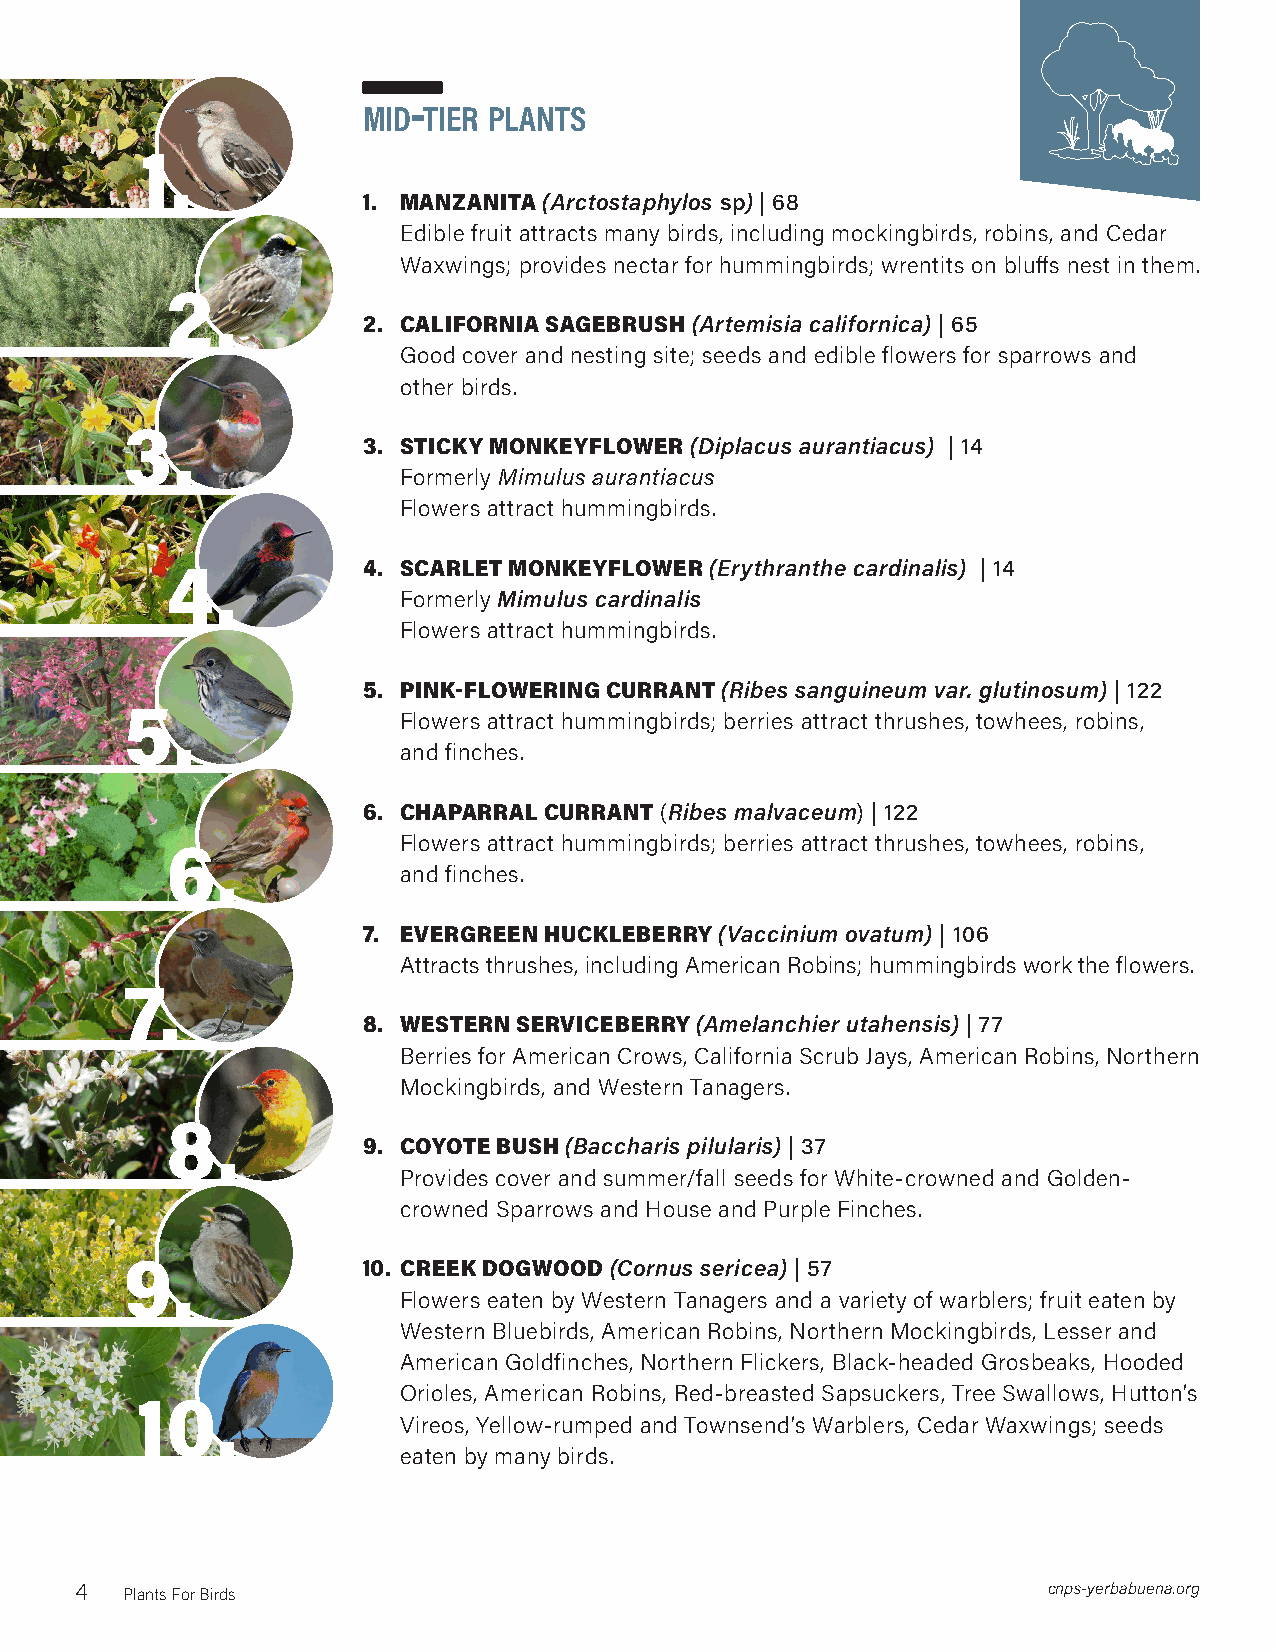
-
 midtierplants
 1.
 1. MANZANITA (Arctostaphylos sp) | 68
 Edible fruit attracts many birds, including mockingbirds, robins, and Cedar
 Waxwings; provides nectar for hummingbirds; wrentits on bluffs nest in them.
 2.
 2. CALIFORNIA SAGEBRUSH (Artemisia californica) | 65
 Good cover and nesting site; seeds and edible flowers for sparrows and
 other birds.
 3.
 3. STICKY MONKEYFLOWER (Diplacus aurantiacus) | 14
 Formerly Mimulus aurantiacus
 Flowers attract hummingbirds.
 4.           4. SCARLET MONKEYFLOWER (Erythranthe cardinalis) | 14
 Formerly Mimulus cardinalis
 Flowers attract hummingbirds.
 5. PINK-FLOWERING CURRANT (Ribes sanguineum var. glutinosum) | 122
 5.
 Flowers attract hummingbirds; berries attract thrushes, towhees, robins,
 and finches.
 6. CHAPARRAL CURRANT (Ribes malvaceum) | 122
 Flowers attract hummingbirds; berries attract thrushes, towhees, robins,
 6.
 and finches.
 7. EVERGREEN HUCKLEBERRY (Vaccinium ovatum) | 106
 Attracts thrushes, including American Robins; hummingbirds work the flowers.
 7.
 8. WESTERN SERVICEBERRY (Amelanchier utahensis) | 77
 Berries for American Crows, California Scrub Jays, American Robins, Northern
 Mockingbirds, and Western Tanagers.
 8.
 9. COYOTE BUSH (Baccharis pilularis) | 37
 Provides cover and summer/fall seeds for White-crowned and Golden-
 crowned Sparrows and House and Purple Finches.
 9.              10. CREEK DOGWOOD (Cornus sericea) | 57
 Flowers eaten by Western Tanagers and a variety of warblers; fruit eaten by
 Western Bluebirds, American Robins, Northern Mockingbirds, Lesser and
 American Goldfinches, Northern Flickers, Black-headed Grosbeaks, Hooded
 Orioles, American Robins, Red-breasted Sapsuckers, Tree Swallows, Hutton’s
 10.
 Vireos, Yellow-rumped and Townsend’s Warblers, Cedar Waxwings; seeds
 eaten by many birds.
 4  Plants For Birds                                             cnps-yerbabuena.org